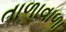
તાળાવાળા